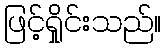
ဖြင့်ရှိုင်းသည်။